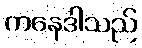
ကနေဒါသည်